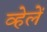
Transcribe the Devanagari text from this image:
व्हेलें